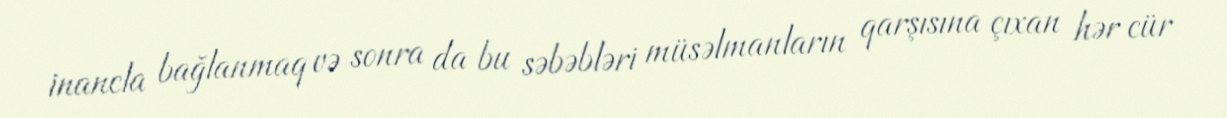
inancla bağlanmaq və sonra da bu səbəbləri müsəlmanların qarşısına çıxan hər cür